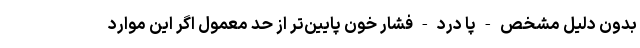
بدون دلیل مشخص - پا درد - فشار خون پایین‌تر از حد معمول اگر این موارد